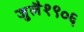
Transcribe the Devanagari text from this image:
जुलै१९०६